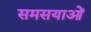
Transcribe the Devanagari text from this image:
समसयाओं